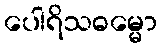
ပေါရိသဓမ္မော